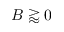
B \gtrapprox 0